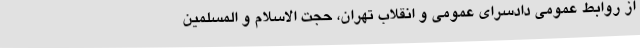
از روابط عمومی دادسرای عمومی و انقلاب تهران، حجت الاسلام و المسلمین